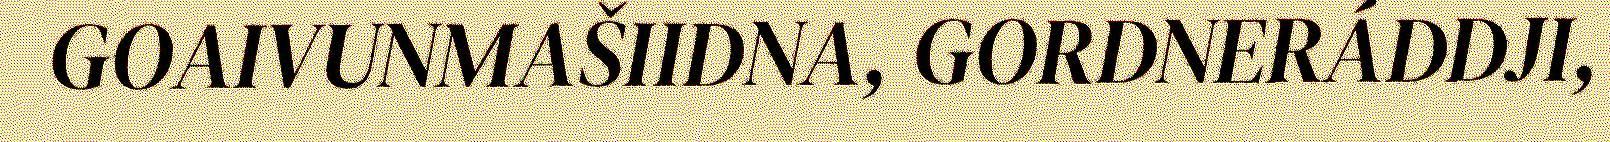
GOAIVUNMAŠIIDNA, GORDNERÁDDJI,